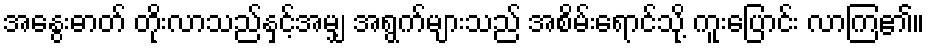
အနွေးဓာတ် တိုးလာသည်နှင့်အမျှ အရွက်များသည် အစိမ်းရောင်သို့ ကူးပြောင်း လာကြ၏။